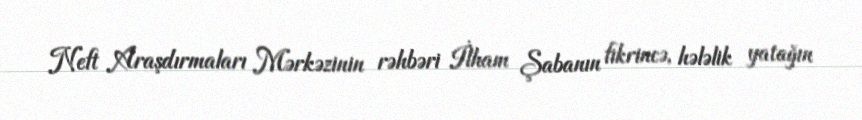
Neft Araşdırmaları Mərkəzinin rəhbəri İlham Şabanın fikrincə, hələlik yatağın